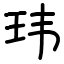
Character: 玮